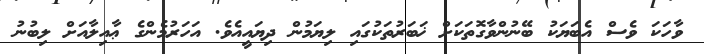
ވާހަކަ ވެސް އެބަޔަކު ބޭނުންވާގޮތަކަށް ޚަބަރުތަކުގައި ލިޔަމުން ދިޔައީއެވެ. އަހަރުމެންގެ ޢާއިލާއަށް ލިބުނު